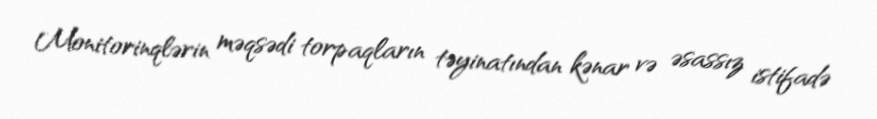
Monitorinqlərin məqsədi torpaqların təyinatından kənar və əsassız istifadə